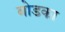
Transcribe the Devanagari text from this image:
बोडका